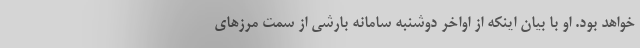
خواهد بود. او با بیان اینکه از اواخر دوشنبه سامانه بارشی از سمت مرزهای